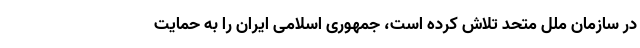
در سازمان ملل متحد تلاش کرده است، جمهوری اسلامی ایران را به حمایت